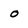
Character: o